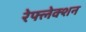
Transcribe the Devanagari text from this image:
रेफ्लेक्शन